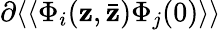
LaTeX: \partial\langle\langle\Phi_{i}(\mathbf{z},\bar{{\mathbf{z}}})\Phi_{j}(0)\rangle\rangle